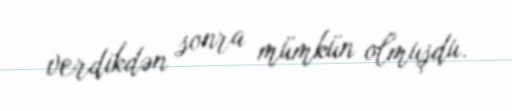
verdikdən sonra mümkün olmuşdu.